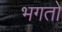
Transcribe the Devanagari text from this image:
भगतो